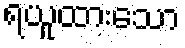
ရယူထားသော